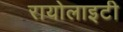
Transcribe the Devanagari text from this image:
रायोलाइटी